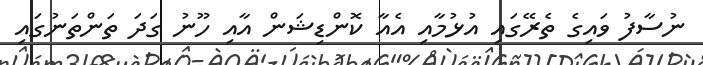
ނުސާފު ވައިގެ ތެރޭގައި އުޅުމާއި އެއާ ކޮންޑިޝަން އާއި ހޫނު ގަދަ ތަންތަނުގައި